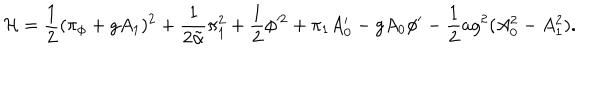
LaTeX: { \cal H } = { \frac { 1 } { 2 } } ( \pi _ { \phi } + g A _ { 1 } ) ^ { 2 } + { \frac { 1 } { 2 \tilde { \alpha } } } \pi _ { 1 } ^ { 2 } + { \frac { 1 } { 2 } } \phi ^ { 2 } + \pi _ { 1 } A _ { 0 } ^ { \prime } - g A _ { 0 } \phi ^ { \prime } - { \frac { 1 } { 2 } } a g ^ { 2 } ( A _ { 0 } ^ { 2 } - A _ { 1 } ^ { 2 } ) .